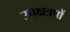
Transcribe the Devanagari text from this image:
उपक्षत्रपों